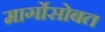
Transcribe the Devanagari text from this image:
मार्गोसोबत